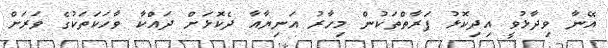
އޭނާ ވިދާޅުވީ އިދިކޮޅު ފަރާތްތަކުން މިހާރު އަނިޔާއާ ދެކޮޅަށް ދައްކާ ވާހަކަތަކުގެ ވަރަށް